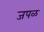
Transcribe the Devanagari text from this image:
जपळ